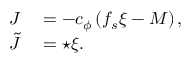
\begin{array} { r l } { J } & { { } = - c _ { \phi } \left( f _ { s } \xi - { \cal M } \right) , } \\ { \tilde { J } } & { { } = \star \xi . } \end{array}